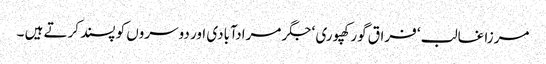
مرزا غالب ‘ فراق گورکھپوری ‘ جگر مرادآبادی اور دوسروں کو پسند کرتے ہیں ۔